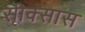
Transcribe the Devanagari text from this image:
सीक्सास